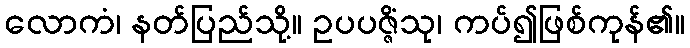
လောကံ၊ နတ်ပြည်သို့။ ဥပပဇ္ဇိံသု၊ ကပ်၍ဖြစ်ကုန်၏။